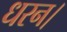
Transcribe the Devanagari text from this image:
धरन।